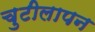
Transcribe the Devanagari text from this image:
चुटीलापन